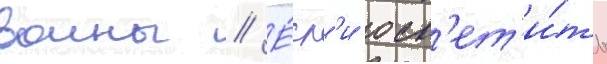
волны // Е́сл'и осв'ет'и́ть